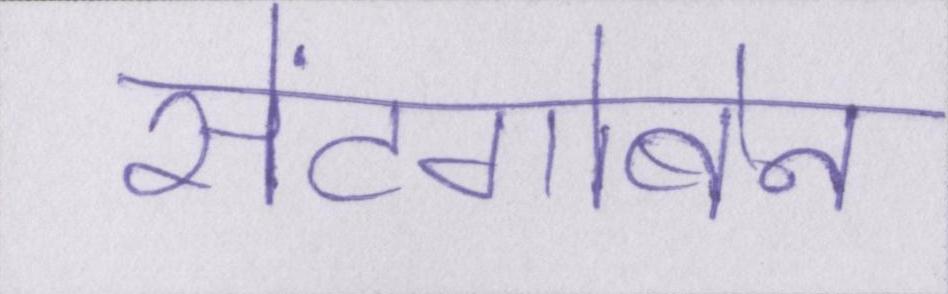
सेंटगोबेन